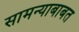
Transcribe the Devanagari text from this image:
सामन्याबाबत